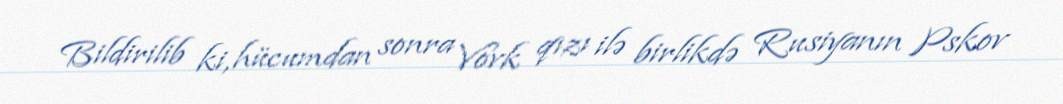
Bildirilib ki, hücumdan sonra Vovk qızı ilə birlikdə Rusiyanın Pskov